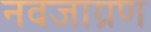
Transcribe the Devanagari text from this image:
नवजाग्रण